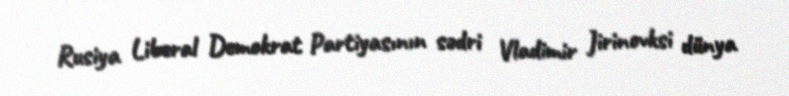
Rusiya Liberal Demokrat Partiyasının sədri Vladimir Jirinovksi dünya